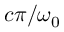
c \pi / \omega _ { 0 }